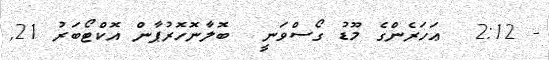
- 2:12  ޢަހަރެންގެ މޫޑު ގޯސްވަނީ  ބޮލާނޮހޮރުޕާން އޮކްޓޯބަރު 21